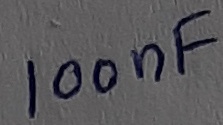
Text: 100nF